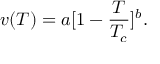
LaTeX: v ( T ) = a [ 1 - { \frac { T } { T _ { c } } } ] ^ { b } .